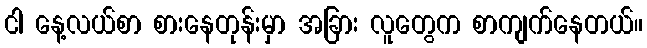
ငါ နေ့လယ်စာ စားနေတုန်းမှာ အခြား လူတွေက စာကျက်နေတယ်။